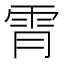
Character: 𫕟